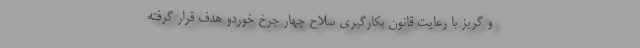
و گریز با رعایت قانون بکارگیری سلاح چهار چرخ خوردو هدف قرار گرفته